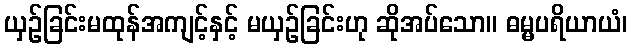
ယှဉ်ခြင်းမထုန်အကျင့်နှင့် မယှဉ်ခြင်းဟု ဆိုအပ်သော။ ဓမ္မပရိယာယံ၊